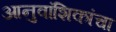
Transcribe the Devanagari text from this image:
आनुवांशिकांचा